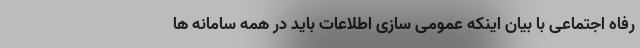
رفاه اجتماعی با بیان اینکه عمومی سازی اطلاعات باید در همه سامانه ها